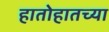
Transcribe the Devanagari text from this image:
हातोहातच्या